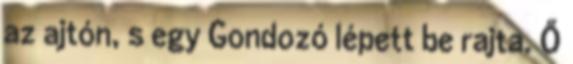
az ajtón, s egy Gondozó lépett be rajta. Ő